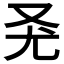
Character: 𠬭